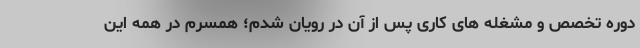
دوره تخصص و مشغله های کاری پس از آن در رویان شدم؛ همسرم در همه این